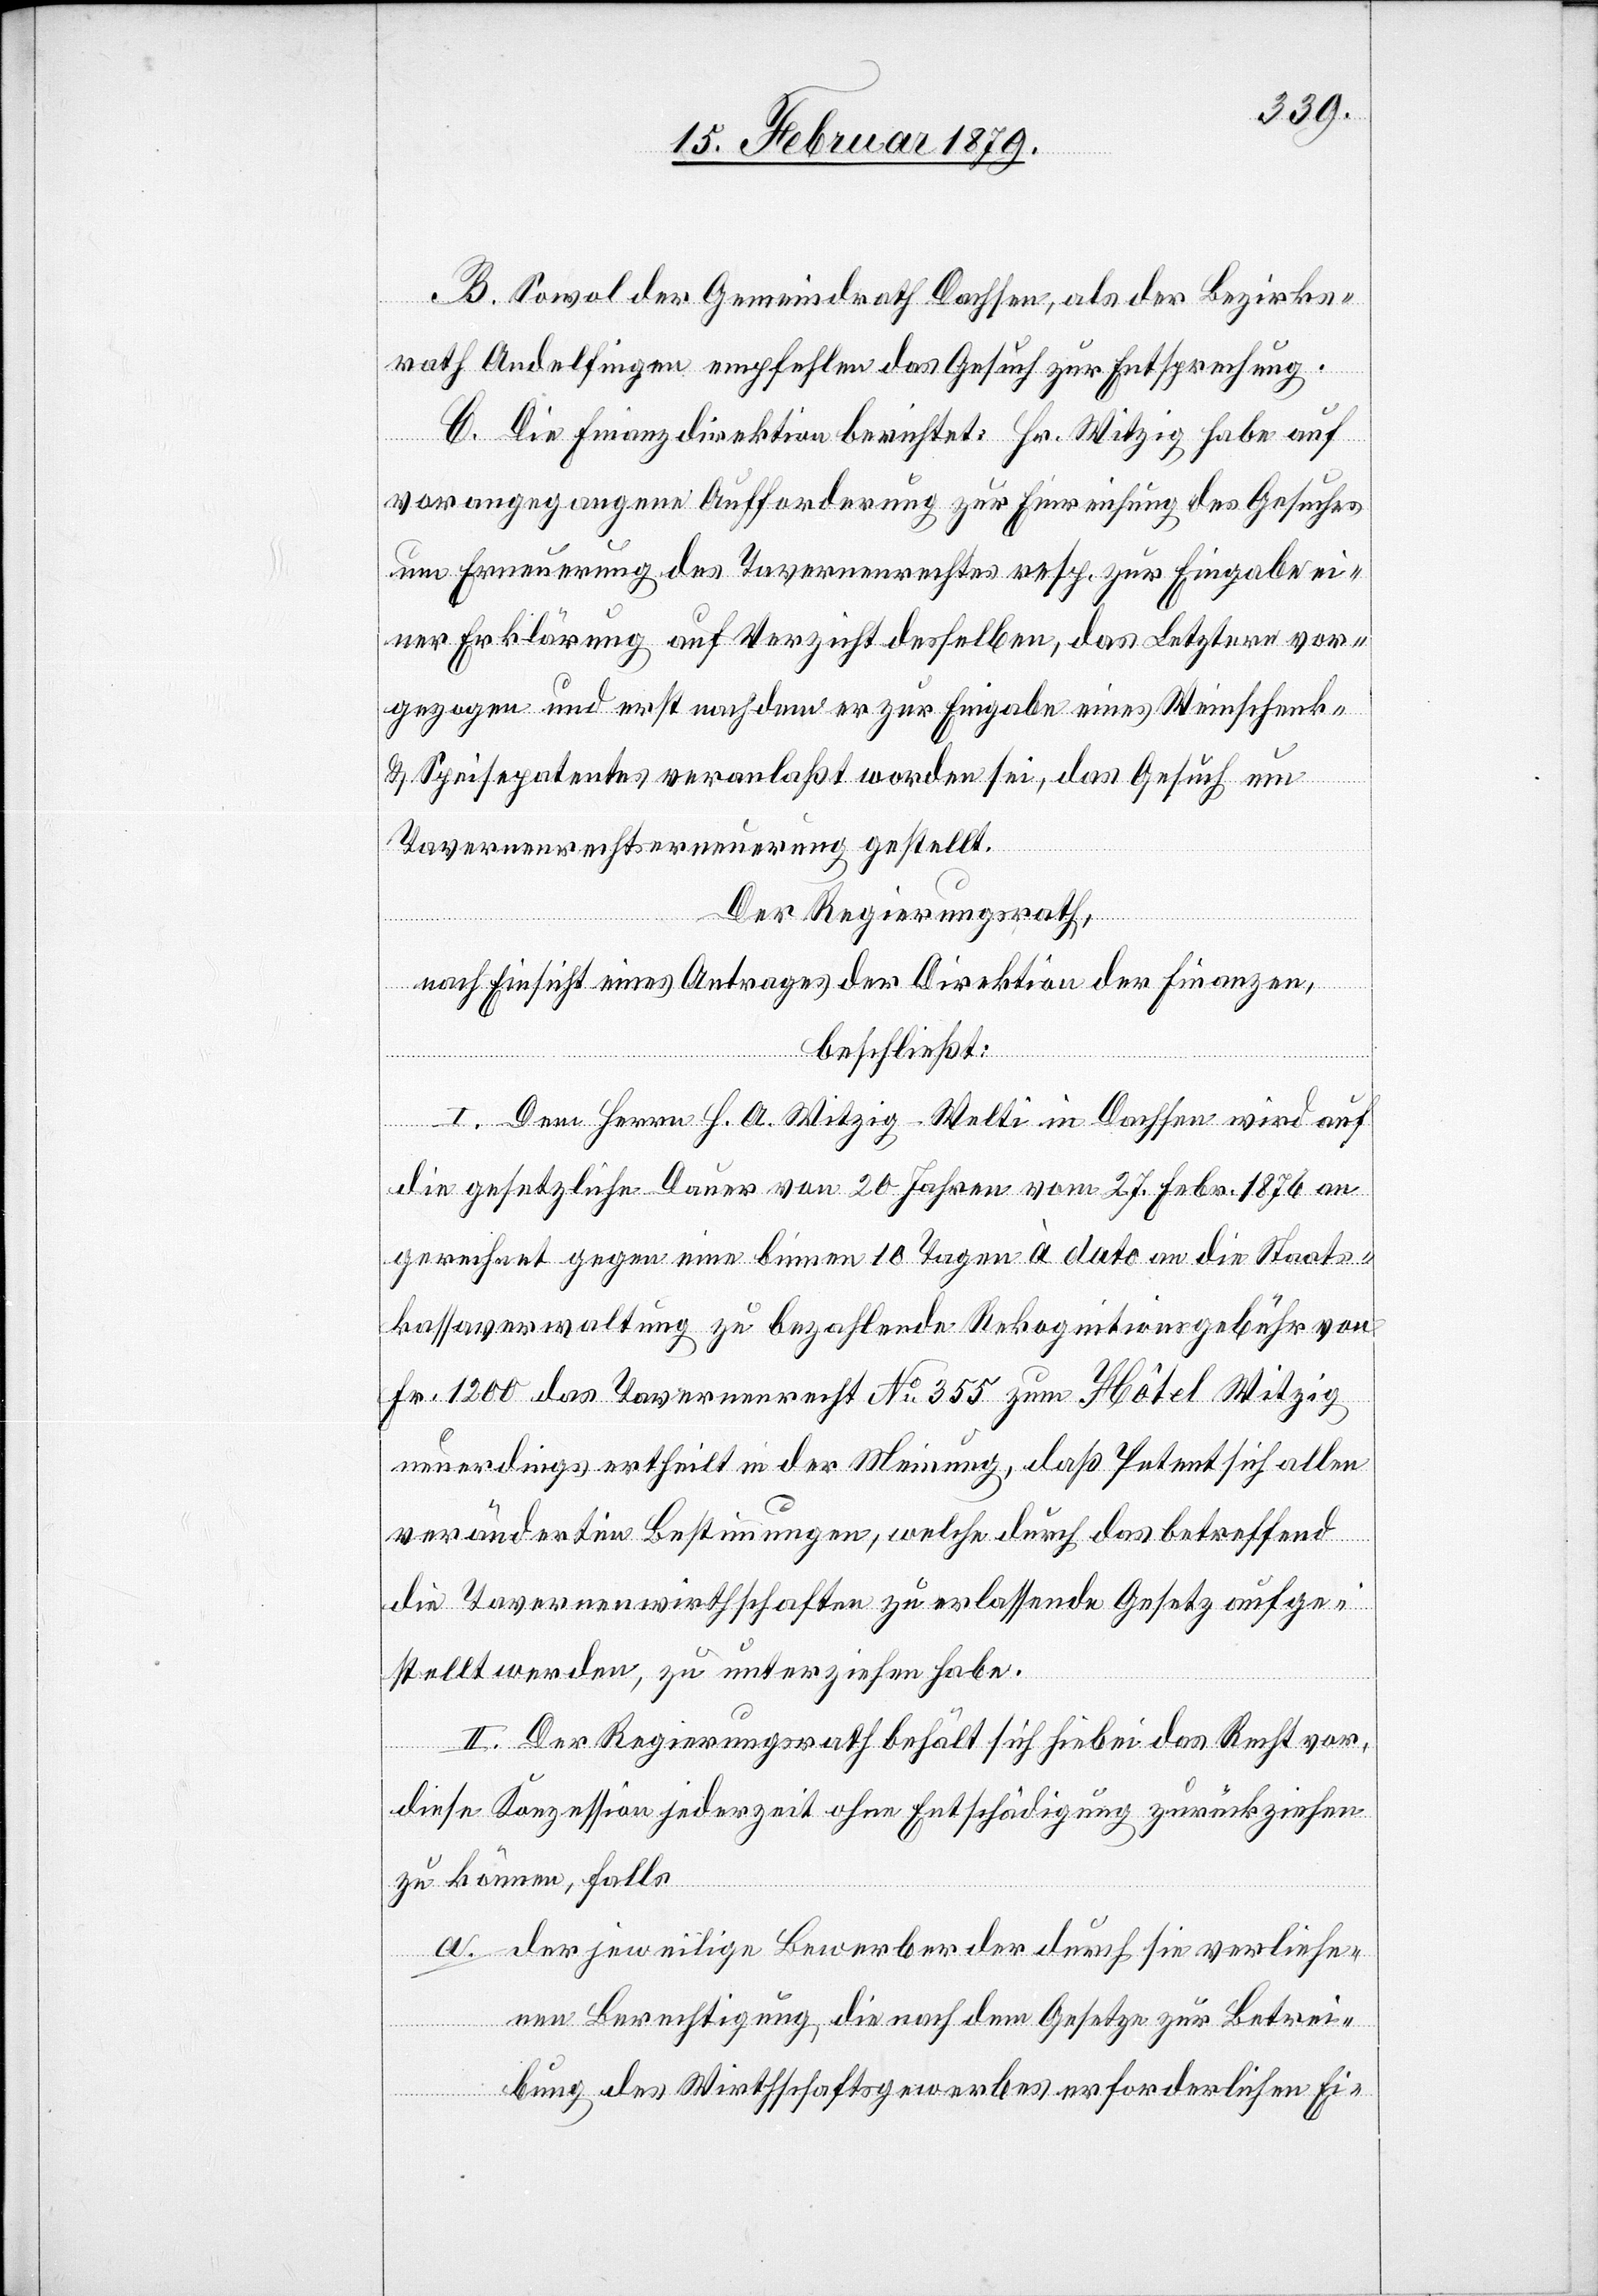
B. Sowol der Gemeindrath Dachsen, als der Bezirks¬
rath Andelfingen empfehlen das Gesuch zur Entsprechung.
C. Die Finanzdirektion berichtet: Hr. Witzig habe auf
vorangegangene Aufforderung zur Einreichung des Gesuches
um Erneuerung des Tavernenrechtes resp. zur Eingabe ei¬
ner Erklärung auf Verzicht desselben, das Letztere vor¬
gezogen und erst nachdem er zur Eingabe eines Weinschenk-
& Speisepatentes veranlaßt worden sei, das Gesuch um
Tavernenrechtserneuerung gestellt.
Der Regierungsrath,
nach Einsicht eines Antrages der Direktion der Finanzen,
beschließt:
I. Dem Herrn . H. A. Witzig-Welti in Dachsen wird auf
die gesetzliche Dauer von 20 Jahren vom 27. Febr. 1876 an
gerechnet gegen eine binnen 10 Tagen à dato an die Staats¬
kassaverwaltung zu bezahlende Rekognitionsgebühr von
Fr. 1200 das Tavernenrecht No 355 zum Hôtel Witzig
neuerdings ertheilt in der Meinung, daß Petent sich allen
veränderten Bestimmungen, welche durch das betreffend
die Tavernenwirthschaften zu erlassende Gesetz aufge¬
stellt werden, zu unterziehen habe.
II. Der Regierungsrath behält sich hiebei das Recht vor,
diese Konzession jederzeit ohne Entschädigung zurückziehen
zu können, falls
a. der jeweilige Bewerber der durch sie verliehe¬
nen Berechtigung, die nach dem Gesetze zur Betrei¬
bung des Wirthschaftsgewerbes erforderlichen Ei-